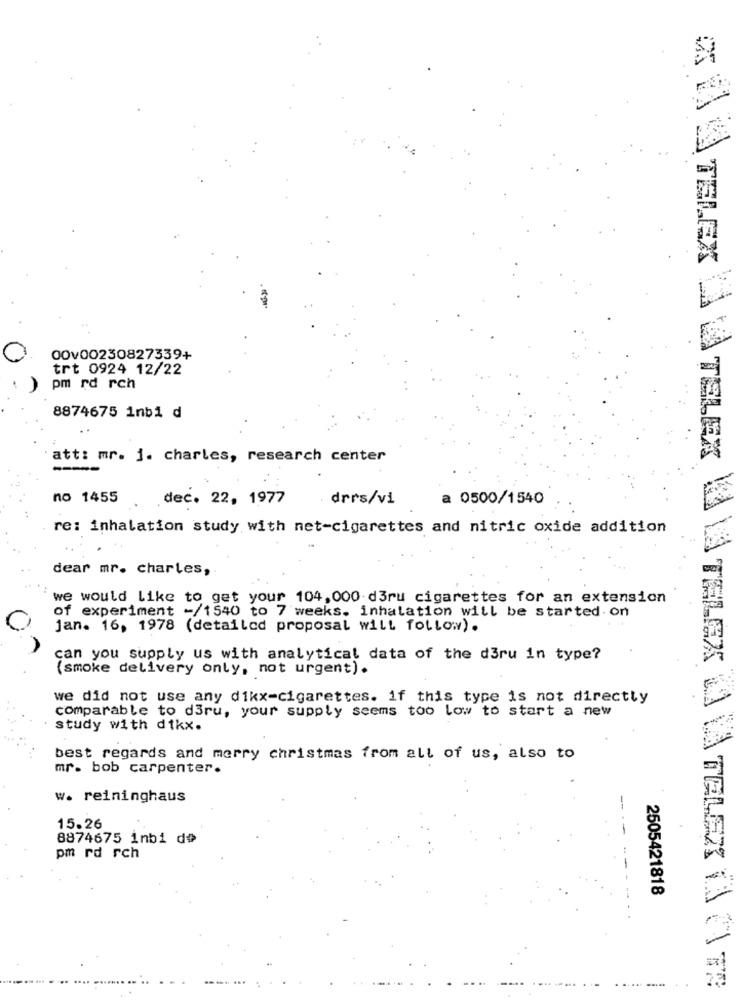
00v00230827339+
trt 0924 12/22
pm rd rch
8874675 inbi d
att: mr. 1. charles, research center
TELEX LA MA TELEX
no 1455
dec. 22, 1977
. drrs/vi
a 0500/1540
re: inhalation study with net-cigarettes and nitric oxide addition
dear mr. charles,
we would like to get your 104, 000 d3ru cigarettes for an extension
of experiment -/1540 to 7 weeks. inhalation will be started on
jan. 16, 1978 (detailed proposal will follow) .
can you supply us with analytical data of the d3ru in type?
(smoke delivery only, not urgent).
we did not use any dikx-cigarettes. if this type is not directly
comparable to d3ru, your supply seems too low to start a new
ALEX LIV
study with dikx.
best regards and merry christmas from all of us, also to
mr. bob carpenter.
w. reininghaus
15.26
8874675 inbi dû
pm rd rch
-----
2505421818